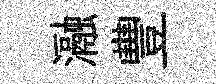
瀜豐